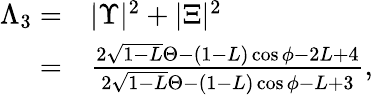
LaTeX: \begin{array}{rl}{\Lambda_{3}=}&{{}|\Upsilon|^{2}+|\Xi|^{2}}\\ {=}&{{}\frac{2\sqrt{1-L}\Theta-(1-L)\cos\phi-2L+4}{2\sqrt{1-L}\Theta-(1-L)\cos\phi-L+3},}\end{array}